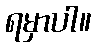
ရမှာပါ။